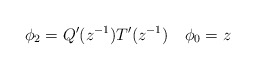
\begin{align*}\phi_2=Q'(z^{-1})T'(z^{-1})\quad\phi_0=z\end{align*}